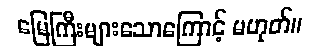
မြေကြီးများသောကြောင့် မဟုတ်။